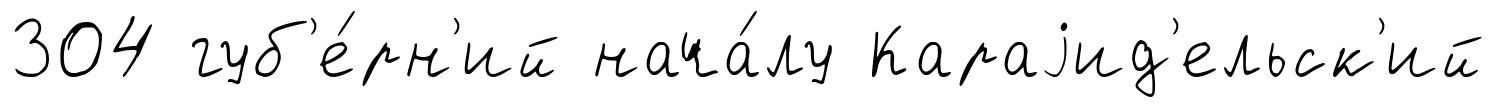
304 губ'е́рн'ий нача́лу Караjид'ельск'ий